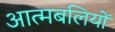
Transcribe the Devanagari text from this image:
आत्मबलियों